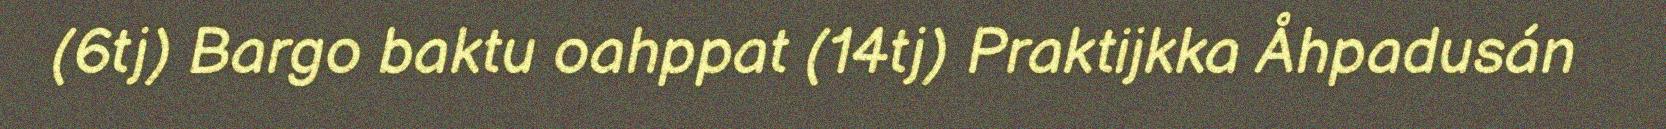
(6tj) Bargo baktu oahppat (14tj) Praktijkka Åhpadusán